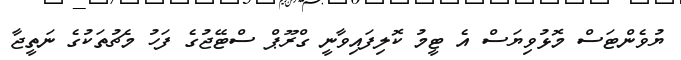
ޔުވެންޓަސް މޮޅުވިޔަސް އެ ޓީމު ކޮލިފައިވާނީ ގްރޫޕް ސްޓޭޖުގެ ފަހު މެޗުތަކުގެ ނަތީޖާ